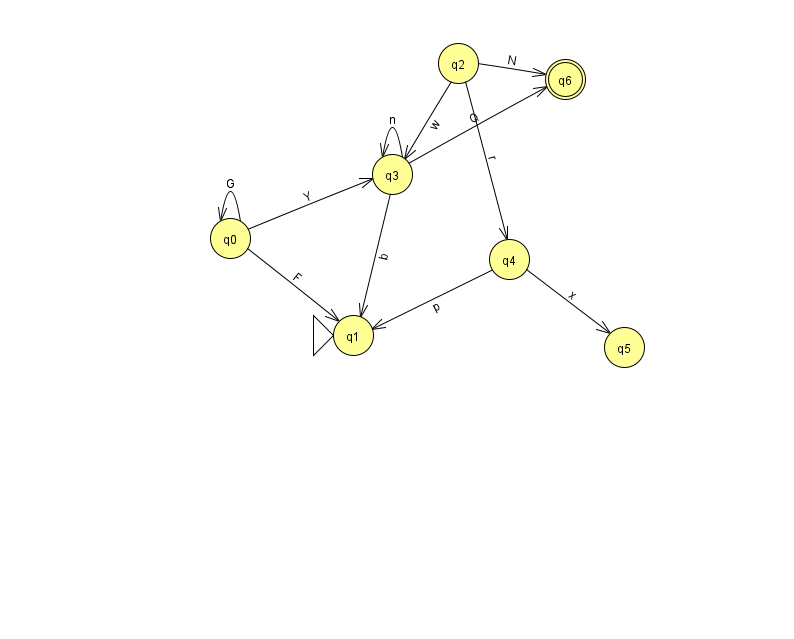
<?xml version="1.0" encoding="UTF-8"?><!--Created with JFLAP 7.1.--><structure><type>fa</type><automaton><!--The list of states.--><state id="0" name="q0"><x>230.0</x><y>225.0</y></state><state id="1" name="q1"><x>353.0</x><y>322.0</y><initial/></state><state id="2" name="q2"><x>458.0</x><y>50.0</y></state><state id="3" name="q3"><x>392.0</x><y>161.0</y></state><state id="4" name="q4"><x>509.0</x><y>246.0</y></state><state id="5" name="q5"><x>624.0</x><y>334.0</y></state><state id="6" name="q6"><x>565.0</x><y>66.0</y><final/></state><!--The list of transitions.--><transition><from>2</from><to>3</to><read>w</read></transition><transition><from>4</from><to>1</to><read>p</read></transition><transition><from>2</from><to>6</to><read>N</read></transition><transition><from>0</from><to>0</to><read>G</read></transition><transition><from>2</from><to>4</to><read>r</read></transition><transition><from>3</from><to>1</to><read>b</read></transition><transition><from>4</from><to>5</to><read>x</read></transition><transition><from>0</from><to>1</to><read>F</read></transition><transition><from>0</from><to>3</to><read>Y</read></transition><transition><from>3</from><to>3</to><read>n</read></transition><transition><from>3</from><to>6</to><read>Q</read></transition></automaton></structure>